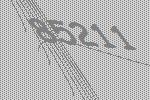
85211